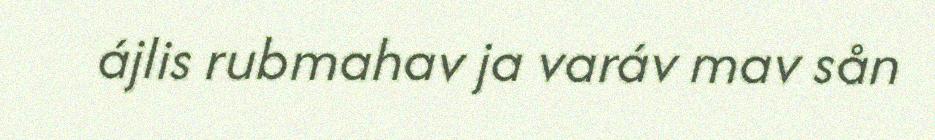
ájlis rubmahav ja varáv mav sån